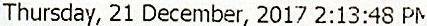
THURSDAY, 21 DECEMBER, 2017 2:13:48 PM